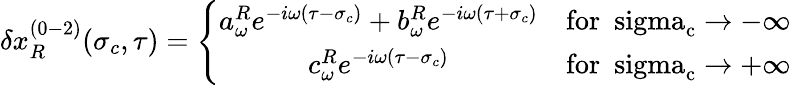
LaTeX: \delta x_{R}^{(0-2)}(\sigma_{c},\tau)=\left\{ \begin{array}{cl}{{a_{\omega}^{R}e^{-i\omega(\tau-\sigma_{c})}+b_{\omega}^{R}e^{-i\omega(\tau+\sigma_{c})}}}&{{\mathrm{for~\ sigma_{c}\rightarrow-\infty~}}}\\ {{c_{\omega}^{R}e^{-i\omega(\tau-\sigma_{c})}}}&{{\mathrm{for~\ sigma_{c}\rightarrow+\infty~}}}\end{array}\right.